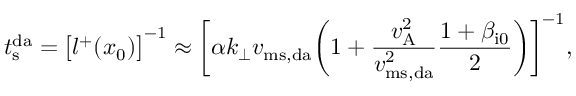
t _ { \mathrm { s } } ^ { \mathrm { d a } } = \bigl [ l ^ { + } ( x _ { 0 } ) \bigr ] ^ { - 1 } \approx \biggl [ \alpha k _ { \perp } v _ { \mathrm { m s , d a } } \biggl ( 1 + \frac { v _ { \mathrm { A } } ^ { 2 } } { v _ { \mathrm { m s , d a } } ^ { 2 } } \frac { 1 + \beta _ { \mathrm { i 0 } } } { 2 } \biggr ) \biggr ] ^ { - 1 } ,